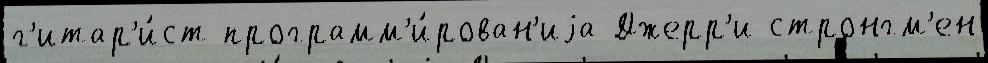
г'итар'и́ст программ'и́рован'иjа Джерр'и стронгм'ен